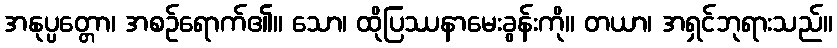
အနုပ္ပတ္တော၊ အစဉ်ရောက်၏။ သော၊ ထိုပြဿနာမေးခွန်းကို။ တယာ၊ အရှင်ဘုရားသည်။